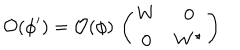
{ \cal O } ( \phi ^ { \prime } ) = { \cal O } ( \phi ) \, \left( \begin{matrix} { { W } } & { { { \bf 0 } } } \\ { { { \bf 0 } } } & { { W ^ { \star } } } \\ \end{matrix} \right)